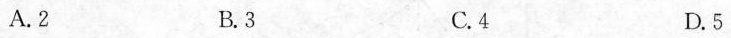
A.2 B.3 C.4 D.5